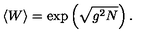
\langle W \rangle = \exp \left( \sqrt { g ^ { 2 } N } \right) .